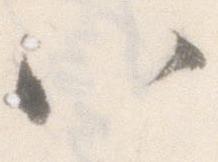
八